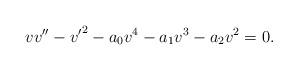
LaTeX: \begin{align*} v v '' - {v'}^2 - a_0 v^4 - a_1 v^3 - a_2 v^2 = 0.\end{align*}